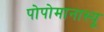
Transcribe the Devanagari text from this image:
पोपोमानास्यू